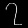
Digit: ၇